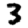
Digit: 3